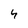
Character: 4